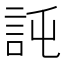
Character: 𧦖